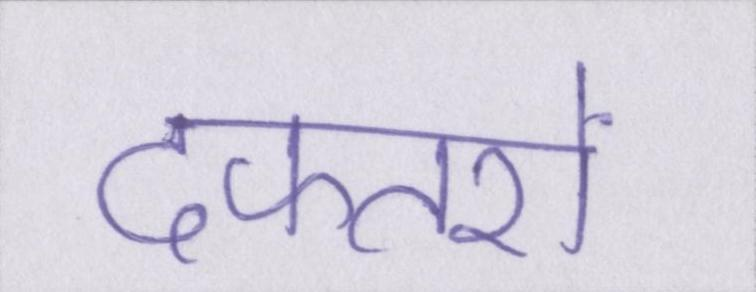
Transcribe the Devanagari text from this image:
दफ्तरों